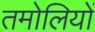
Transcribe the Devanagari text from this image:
तमोलियों